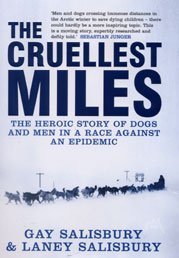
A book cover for The Cruellest Miles: The Heroic Story of Dogs and Men in a Race Against an Epidemic; Gay Salisbury; Sports & Outdoors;